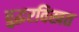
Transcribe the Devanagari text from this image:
बुद्धरविखत